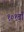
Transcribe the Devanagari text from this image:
१०१वाँ